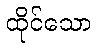
ထိုင်သော